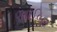
ફાઈબર